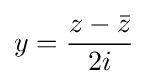
y={\frac {z-{\bar {z}}}{2i}}